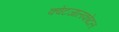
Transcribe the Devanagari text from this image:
क्वेटजालकोटल